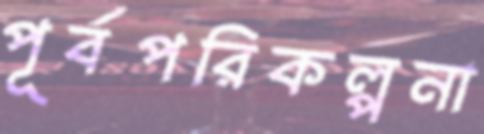
পূর্বপরিকল্পনা